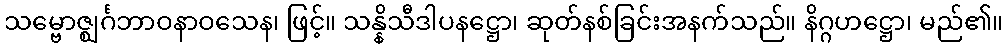
သမ္ဗောဇ္ဈင်္ဂဘာဝနာဝသေန၊ ဖြင့်။ သန္နိသီဒါပနဋ္ဌော၊ ဆုတ်နစ်ခြင်းအနက်သည်။ နိဂ္ဂဟဋ္ဌော၊ မည်၏။